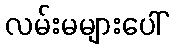
လမ်းမများပေါ်